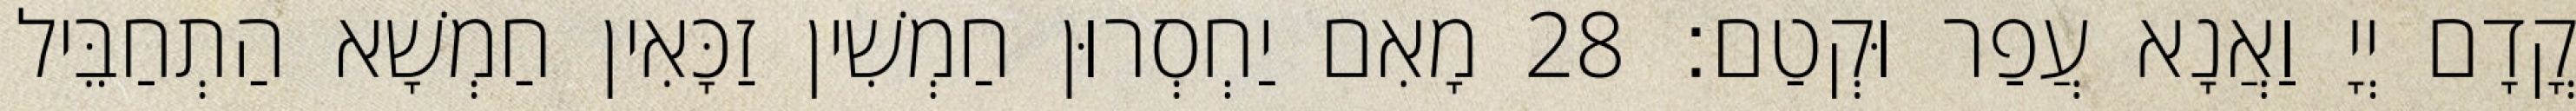
קֳדָם יְיָ וַאֲנָא עֲפַר וּקְטַם׃ 28 מָאִם יַחְסְרוּן חַמְשִׁין זַכָּאִין חַמְשָׁא הַתְחַבֵּיל